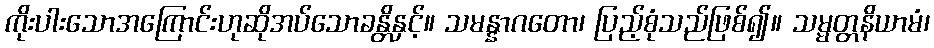
ကိုးပါးသောအကြောင်းဟုဆိုအပ်သောခန္တိနှင့်။ သမန္နာဂတော၊ ပြည့်စုံသည်ဖြစ်၍။ သမ္မတ္တနိယာမံ၊